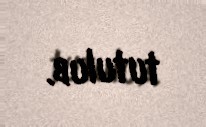
tutulub.